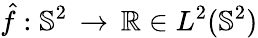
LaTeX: \hat{f}:\mathbb{S}^{2}\, \rightarrow\, \mathbb{R}\in L^{2}(\mathbb{S}^{2})